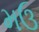
મઉ